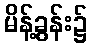
မိန့်ခွန်း၌